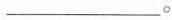
___ 。